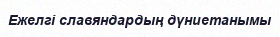
Ежелгі славяндардың дүниетанымы